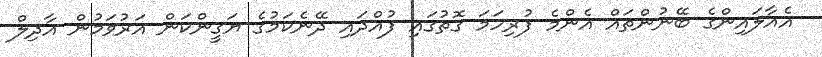
އެއާލައިންގެ ބޭނުންތައް އެންމެ ފުރިހަމަ ގޮތުގައި ފުއްދައި ދޭނެކަމުގެ ޔަގީންކަން އަރުވަމުން އާދިލް